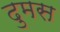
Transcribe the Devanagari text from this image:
दुमस